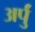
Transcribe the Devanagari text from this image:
अर्पुं